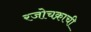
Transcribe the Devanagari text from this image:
रजोचक्राची